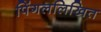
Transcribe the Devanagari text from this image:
पिंगललिखित